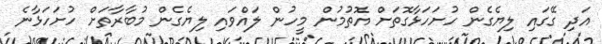
އަދި ގޭގައި ލިޔެގެން ހުށަހަޅާގޮތަށް އޮތުމުން މީހުން ލައްވައި ލިޔެގެން މުބާރާތަށް ހުށަހަޅާނެ